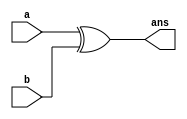
module xor1x1(
  input a,
  input b,
  output ans
  );

  xor g1(ans,a,b);  

endmodule